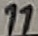
Text: 11